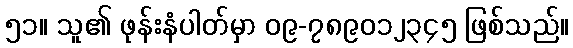
၅၁။ သူ၏ ဖုန်းနံပါတ်မှာ ၀၉-၇၈၉၀၁၂၃၄၅ ဖြစ်သည်။